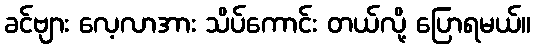
ခင်ဗျား လေ့လာအား သိပ်ကောင်း တယ်လို့ ပြောရမယ်။